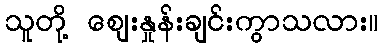
သူတို့ ဈေးနှုန်းချင်းကွာသလား။